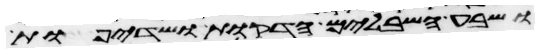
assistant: ושבע השבלים הדקות ושדיפת